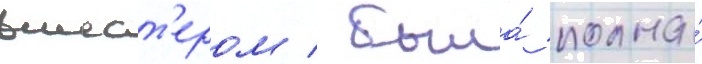
вшест'ером / была́ полна́